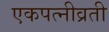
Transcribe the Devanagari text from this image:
एकपत्‍नीव्रती